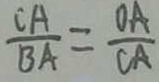
\frac { C A } { B A } = \frac { O A } { C A }